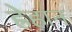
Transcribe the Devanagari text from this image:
ह्रेहान